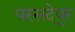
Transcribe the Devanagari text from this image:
परसदेपुर